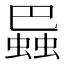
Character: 𧎱